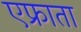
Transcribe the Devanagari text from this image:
एफ्राता